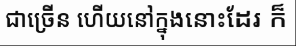
ជាច្រើន ហើយនៅក្នុងនោះដែរ ក៏